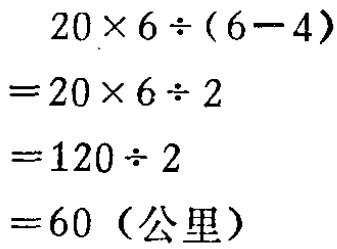
\[

\begin{align*}

&20\times6\div(6 - 4)\\

=&20\times6\div2\\

=&120\div2\\

=&60（公里）

\end{align*}

\]